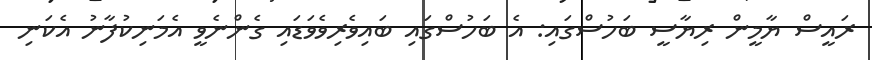
ރައީސް ޔާމީން ރިޔާސީ ބަހުސްގައި: އެ ބަހުސްގައި ބައިވެރިވެވަޑައި ގެންނެވީ އެމަނިކުފާނު އެކަނި